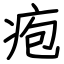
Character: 疱